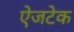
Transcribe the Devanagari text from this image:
ऐजटेक